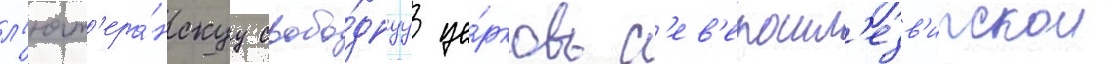
л'ют'ера́нскуу свобо́днуу це́рковь с'ев'ерошл'езв'игскои